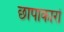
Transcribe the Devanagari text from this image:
छापाकारों